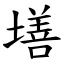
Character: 墡